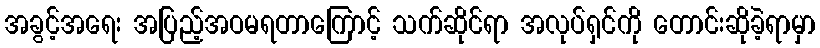
အခွင့်အရေး အပြည့်အဝမရတာကြောင့် သက်ဆိုင်ရာ အလုပ်ရှင်ကို တောင်းဆိုခဲ့ရာမှာ